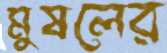
মুষলের